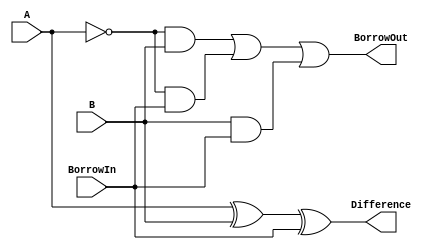
module FullSubtractor (
    input A, B, BorrowIn,
    output Difference, BorrowOut
);

reg Difference, BorrowOut;

always @ (A or B or BorrowIn) begin
    Difference = A ^ B ^ BorrowIn;
    BorrowOut = (!A & B) | (!A & BorrowIn) | (B & BorrowIn);
end

endmodule